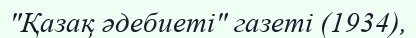
"Қазақ әдебиеті" газеті (1934),